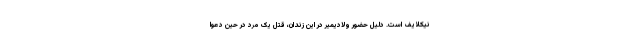
نیکلایف است. دلیل حضور ولادیمیر در این زندان، قتل یک مرد در حین دعوا